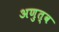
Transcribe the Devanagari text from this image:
अणुत्व